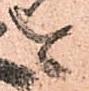
を